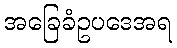
အခြေခံဥပဒေအရ